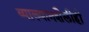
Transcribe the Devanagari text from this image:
व्याख्यानशैलीही